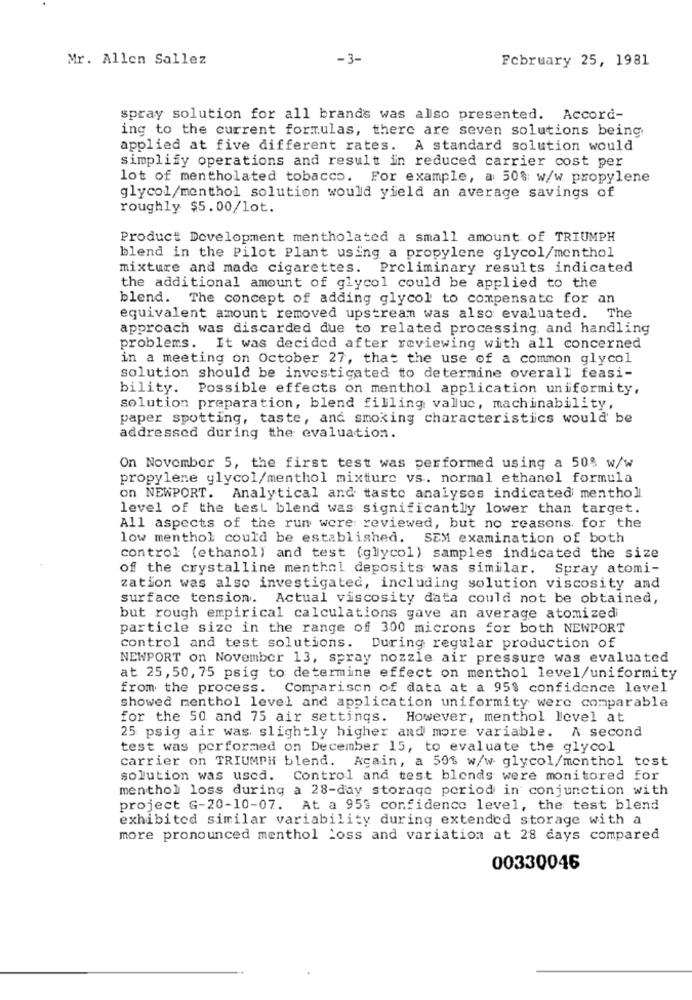
Mr. Allen Sallez
-3-
February 25, 1981
spray solution for all brands was also presented. Accord-
ing to the current formulas, there are seven solutions being
applied at five different rates. A standard solution would
simplify operations and result in reduced carrier cost per
lot of mentholated tobacco. For example, a 50% w/w propylene
glycol/menthol solution would yield an average savings of
roughly $5.00/lot.
Product Development mentholated a small amount of TRIUMPH
blend in the Pilot Plant using a propylene glycol/menthol
mixture and made cigarettes. Preliminary results indicated
the additional amount of glycol could be applied to the
blend. The concept of adding glycol to compensate for an
equivalent amount removed upstream was also evaluated. The
approach was discarded due to related processing, and handling
problems. It was decided after reviewing with all concerned
in a meeting on October 27, that the use of a common glycol
solution should be investigated to determine overall feasi-
bility. Possible effects on menthol application uniformity,
solution preparation, blend filling valluc, machinability,
paper spotting, taste, and smoking characteristics would be
addressed during the evaluation.
On November 5, the first test was performed using a 50% w/w
propylene glycol/menthol mixture vs. normal ethanol formula
on NEWPORT. Analytical and taste analyses indicated mentholl
level of the test blend was significantly lower than target.
All aspects of the run were reviewed, but no reasons for the
low menthol could be established. SEM examination of both
control (ethanol) and test (glycol) samples indicated the size
of the crystalline menthol deposits was similar. Spray atomi-
zation was also investigated, including solution viscosity and
surface tension. Actual viscosity data could not be obtained,
but rough empirical calculations gave an average atomized
particle size in the range of 300 microns for both NEWPORT
control and test solutions. During regular production of
NEWPORT on November 13, spray nozzle air pressure was evaluated
at 25,50, 75 psig to determine effect on menthol level/uniformity
from the process. Comparison of data at a 95$ confidence level
showed menthol level and application uniformity were comparable
for the 50 and 75 air settings. However, menthol level at
25 psig air was slightly higher and more variable. A second
test was performed on December 15, to evaluate the glycol
carrier on TRIUMPH blend. Again, a 50% w/w glycol/menthol tost
solution was used.
Control and test blends were monitored for
menthol loss during a 28-day storage period in conjunction with
project G-20-10-07. At a 953 confidence level, the test blend
exhibited similar variability during extended storage with a
more pronounced menthol Loss and variation at 28 days compared
00330046